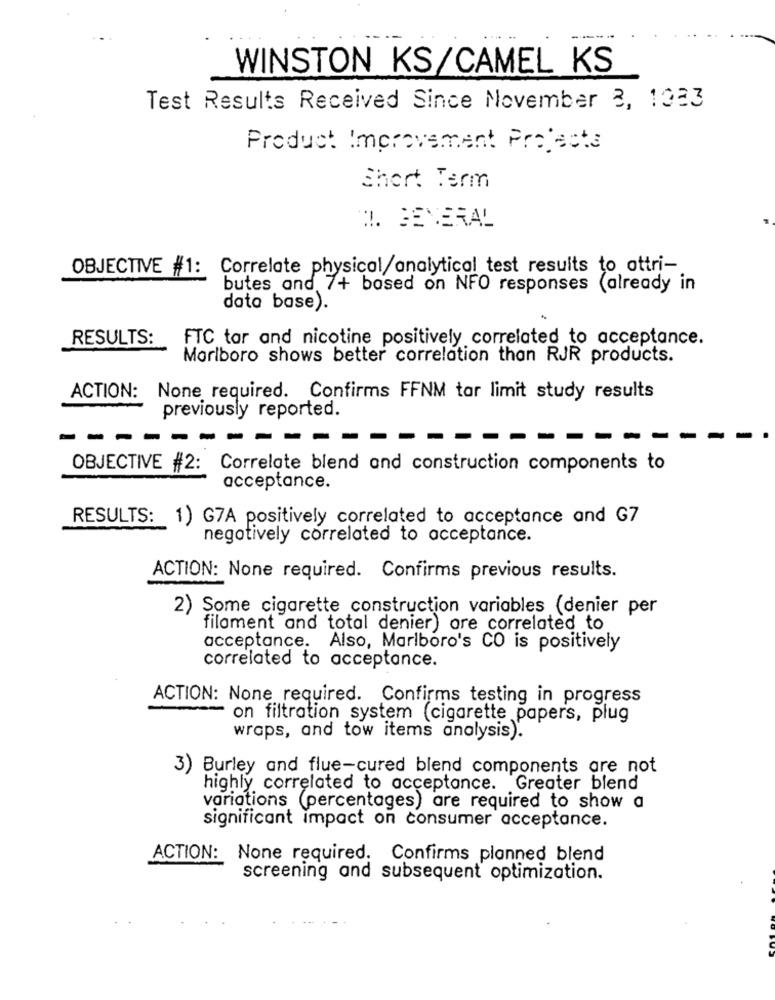
WINSTON KS/CAMEL KS
Test Results Received Since November 2, 1323
Product Improvement Projects
Short Term
!. SEVERAL
OBJECTIVE #1:
Correlate physical/analytical test results to ottri-
butes and 7+ based on NFO responses (already in
data base).
RESULTS:
FTC tar and nicotine positively correlated to acceptance.
Marlboro shows better correlation than RJR products.
ACTION:
None required. Confirms FFNM tar limit study results
previously reported.
--.
--
-
OBJECTIVE #2: Correlate blend and construction components to
acceptance.
RESULTS: 1) G7A positively correlated to acceptance and G7
negatively correlated to acceptance.
ACTION: None required. Confirms previous results.
2) Some cigarette construction variables (denier per
filament and total denier) are correlated to
acceptance. Also, Marlboro's CO is positively
correlated to acceptance.
ACTION: None required. Confirms testing in progress
on filtration system (cigarette papers, plug
wraps, and tow items analysis).
3) Burley and flue-cured blend components are not
highly correlated to acceptance. Greater blend
variations (percentages) are required to show a
significant impact on consumer acceptance.
ACTION: None required. Confirms planned blend
screening and subsequent optimization.